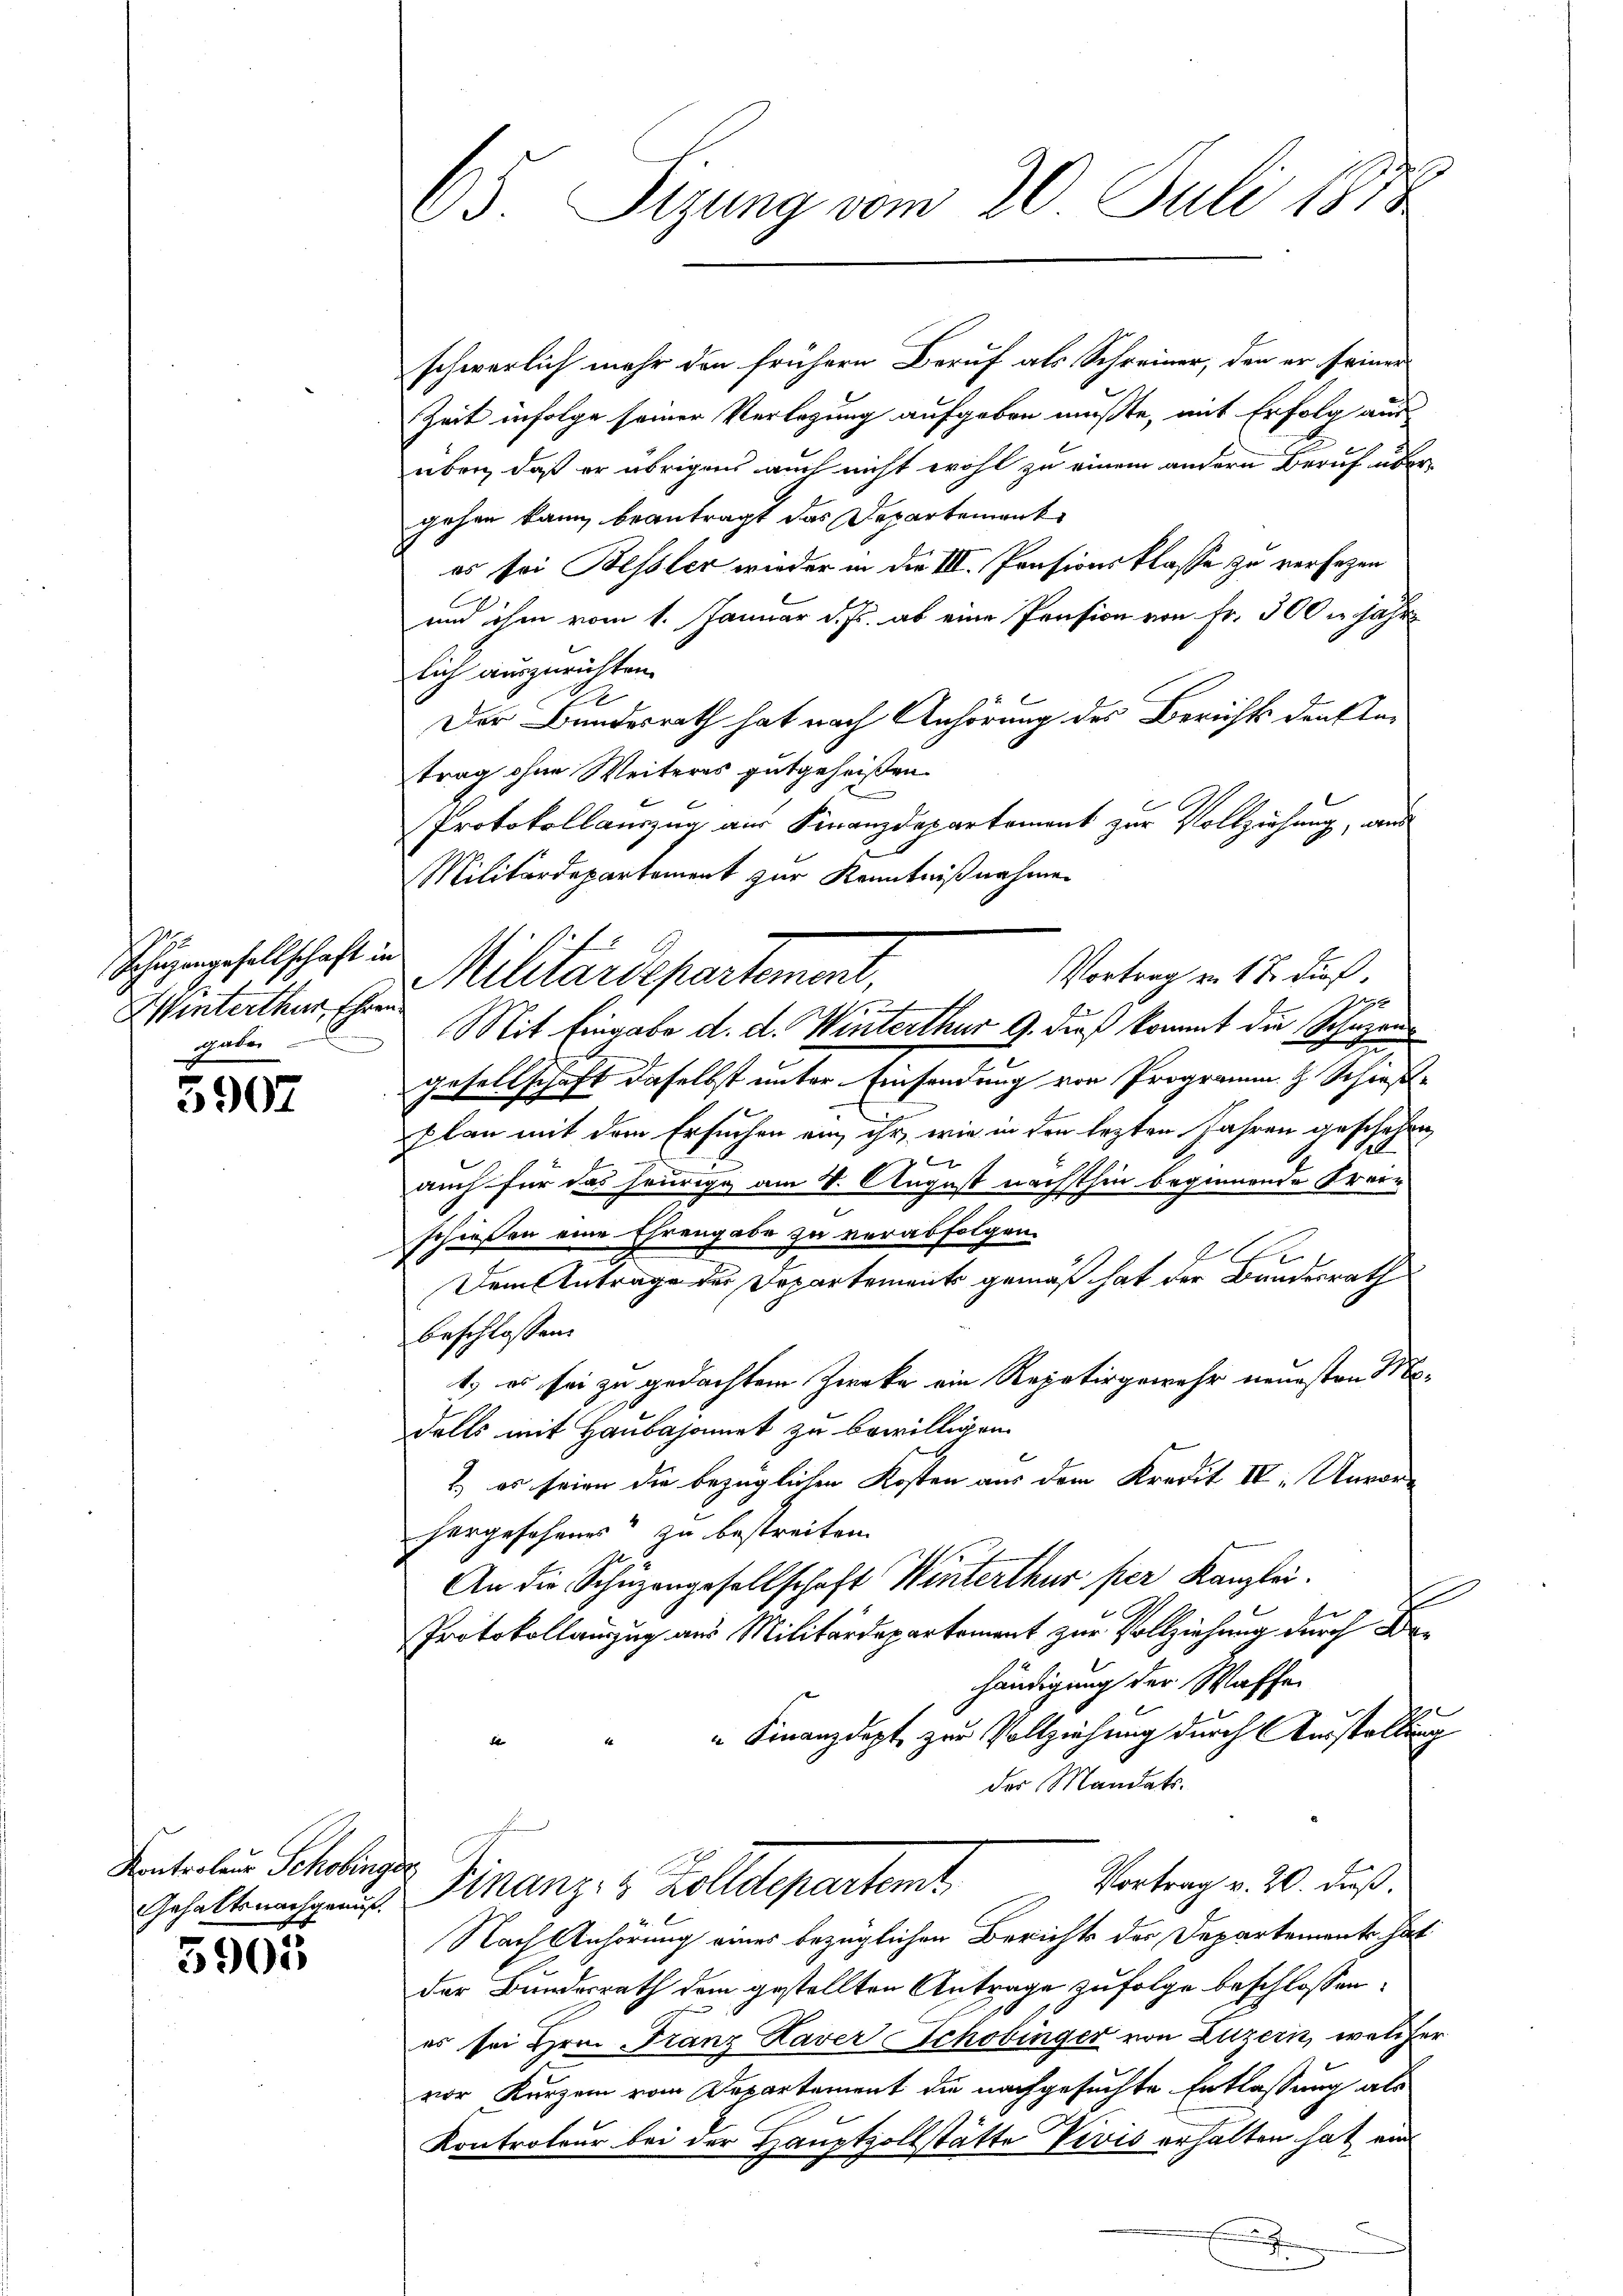
Schüzengesellschaft in
Winterthur, Ehren
gaben
g

5907

Kontroleur Schobing
Gehaltsnachgenuß.

3905

65. Sizung vom 20. Juli 1882

Militärdepartement zur Kenntnißnahme
Vortrag v. 17. dieß,
Militärdepartement,
19

schwerlich mehr den frühern Beruf als Schreiner, den er seiner
Zeit infolge seiner Verlegung aufgeben mußte, mit Erfolg aus
über, daß er übrigen auch nicht wohl zu einem andern Beruf übergehen kann beantragt das Departement
es sei Bessler wieder in die III. Prosionsklasse zu verlegen
und ihm vom 1. Januar d. Js. ab eine Pension von Fr. 500 u. jähr
lich auszurichten.
2
Der Bundesrath hat nach Anhörung des Berichts denkten
trag ohne Weiteres gutgeheißen.
Protokollauszug aus Finanzdepartement zur Vollziehung, aus
Mit Eingabe d. d. Winterthur 9. dieß kommt die Schazun
gesellschaft daselbst unter Einsendung von Programm. H. Schießplan mit dem Ersuchen ein ihr, wie in den lezten Jahren geschehen
fx
auch für das heurige am 4. August nächsthin beginnende Kranschießen eine Ehrengabe zu verabfolgen.
1
Dem Antrage des Departements gemäß hat der Bundesrath
beschlossen:
1) es sei zu gedachtem Zwecke ein Repetirgewehr neuesten Mo-
dalls mit Haubajonet zu bewilligen.
2.) es seien die bezüglichen Kosten aus dem Kredit IV „Unvorhergesehenes“ zu bestreiten.
An die Schüzengesellschaft Winterthur per Kanzlei.
Protokollauszug aus Militärdepartement zur Vollziehung durch Behändigung der Waffe
9
" Finanzdept zur Vollziehung durch Ausstellung
der Mandats¬
¬
Vortrag v. 20. dieß.
Finanz- & Zolldepartemt
Nach Anhörung eines bezüglichen Berichts der Departemente hat
der Bundesrath dem gestellten Antrage zufolge beschlossen:
es sei Hrn. Franz Haver Schobinger von Luzern, welcher
vor Kurzem vom Departement die nachgesuchte Entlassung als
Kontroleur bei der Hauptzollstätte Vivis erhalten hat, und
J